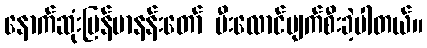
နောက်ဆုံးမြန်မာနန်းတော် မီးလောင်ပျက်စီးခဲ့ပါတယ်။